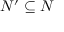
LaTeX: N ^ { \prime } \subseteq N